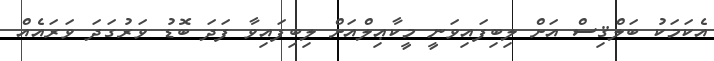
އެކަމަކު ބަލްޤިސް އަށް ލިބިފައިވަނީ މީކާޢިލްއަށް ލިބިފައިވާ ފަދަ ބޮޑު ވަރުގަދަ ވަރައެއް